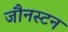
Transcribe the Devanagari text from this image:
जौनस्टन